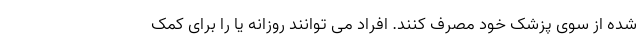
شده از سوی پزشک خود مصرف کنند. افراد می توانند روزانه یا را برای کمک